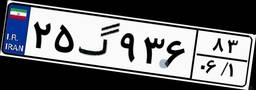
۲۵گ۹۳۶۸۳